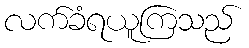
လက်ခံရယူကြသည်